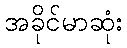
အခိုင်မာဆုံး